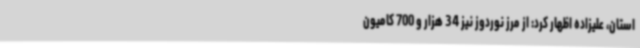
استان، علیزاده اظهار کرد: از مرز نوردوز نیز 34 هزار و 700 کامیون